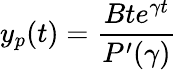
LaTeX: y_{p}(t)={\frac{Bte^{\gamma t}}{P^{\prime}(\gamma)}}